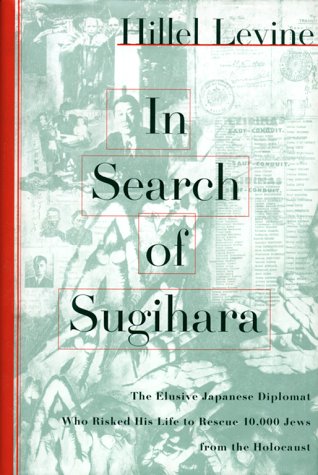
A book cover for In Search of Sugihara: The Elusive Japanese Diplomat Who Risked his Life to Rescue 10,000 Jews From the Holocaust; Hillel Levine; Biographies & Memoirs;